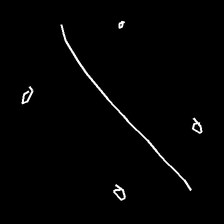
Glyph: cool